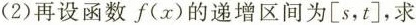
(2)再设函数f(x)的递增区间为[s，t]，求